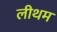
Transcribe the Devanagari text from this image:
लीथम